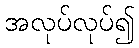
အလုပ်လုပ်၍